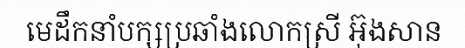
មេដឹកនាំបក្សប្រឆាំងលោកស្រី អ៊ុងសាន